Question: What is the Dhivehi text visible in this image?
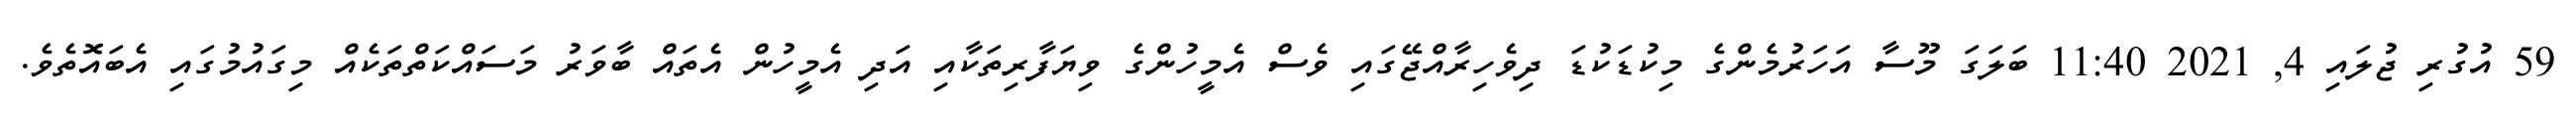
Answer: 59 އުގުރި ޖުލައި 4, 2021 11:40 ބަލަގަ މޫސާ އަހަރުމެންގެ މިކުޑަކުޑަ ދިވެހިރާއްޖޭގައި ވެސް އެމީހުންގެ ވިޔަފާރިތަކާއި އަދި އެމީހުން އެތައް ބާވަރު މަސައްކަތްތަކެއް މިގައުމުގައި އެބައޮތެވެ.